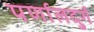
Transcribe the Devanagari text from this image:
पर्णालदुर्ग